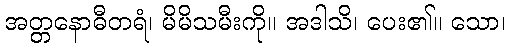
အတ္တနောဓီတရံ၊ မိမိသမီးကို။ အဒါသိ၊ ပေး၏။ သော၊